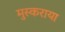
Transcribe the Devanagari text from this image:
मुस्कराया